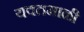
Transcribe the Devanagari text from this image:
यवतमाळी